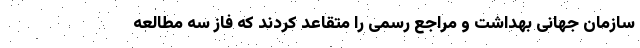
سازمان جهانی بهداشت و مراجع رسمی را متقاعد کردند که فاز سه مطالعه